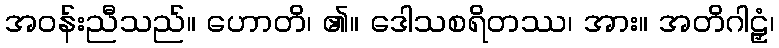
အဝန်းညီသည်။ ဟောတိ၊ ၏။ ဒေါသစရိတဿ၊ အား။ အတိဂါဠှံ၊